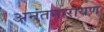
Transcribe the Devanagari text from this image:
अनंतनारायण